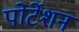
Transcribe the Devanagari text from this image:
पोर्टेशन